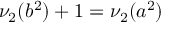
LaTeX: \nu _ { 2 } ( b ^ { 2 } ) + 1 = \nu _ { 2 } ( a ^ { 2 } )